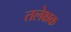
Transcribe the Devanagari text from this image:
तलेक्षक